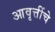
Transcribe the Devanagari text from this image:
आवृत्तींचे